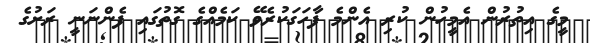
މީގެ އިތުރުން އެމީހުން ކުރި އެންމެ ފާހަގަކުރެވޭ ކަމެއްގެ ގޮތުގައި ފެންނަނީ ރަށުގެ